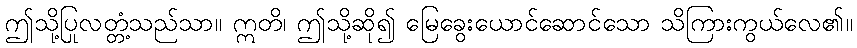
ဤသို့ပြုလတ္တံ့သည်သာ။ ဣတိ၊ ဤသို့ဆို၍ မြေခွေးယောင်ဆောင်သော သိကြားကွယ်လေ၏။